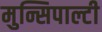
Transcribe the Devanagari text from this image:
मुन्सिपाल्टी